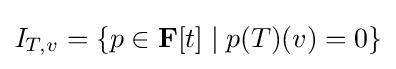
{\mathit {I}}_{T,v}=\{p\in \mathbf {F} [t]\;|\;p(T)(v)=0\}